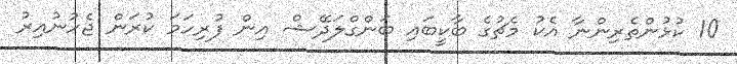
10 ކުޅުންތެރިންނާ އެކު މެޗުގެ ބާކީބައި ބަންގްލަދޭޝް އިން ފުރިހަމަ ކުރަން ޖެހުނުއިރު